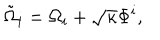
\tilde { \Omega } _ { i } = \Omega _ { i } + \sqrt { \kappa } \Phi ^ { i } ,